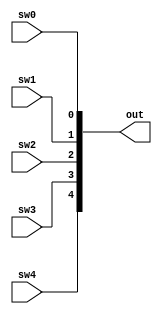
module in_port (
	sw4,sw3,sw2,sw1,sw0,out
);

	input sw4,sw3,sw2,sw1,sw0;
	output [31:0] out;

	assign out[4] = sw4;
	assign out[3] = sw3;
	assign out[2] = sw2;
	assign out[1] = sw1;
	assign out[0] = sw0;
	
endmodule